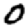
Digit: 0